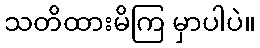
သတိထားမိကြ မှာပါပဲ။